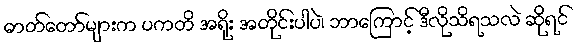
ဓာတ်တော်များက ပကတိ အရိုး အတိုင်းပါပဲ၊ ဘာကြောင့် ဒီလိုသိရသလဲ ဆိုရင်